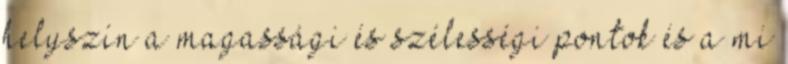
helyszín a magassági és szélességi pontok és a mi